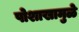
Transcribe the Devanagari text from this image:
पोशाखामुळे